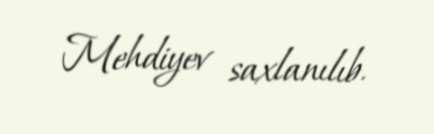
Mehdiyev saxlanılıb.